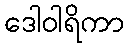
ဒေါဝါရိကာ